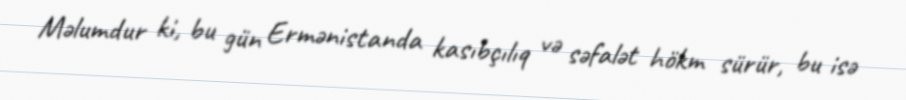
Məlumdur ki, bu gün Ermənistanda kasıbçılıq və səfalət hökm sürür, bu isə